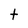
Character: t